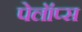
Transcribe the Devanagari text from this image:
पेलॉप्स